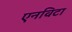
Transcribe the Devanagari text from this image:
एनविटा